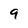
Character: 9